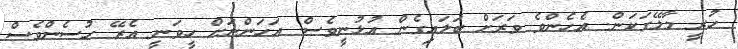
ހުރީ މާލޭގަކަން. އެހެންވެ ވަރަށް ބަލައިގެން އުޅުނީވެސް. އަހަންނަށް ހީވަނީ އެރޭ ހުސެންވެސް